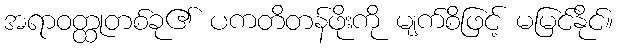
အရာဝတ္ထုတစ်ခု၏ ပကတိတန်ဖိုးကို မျက်စိဖြင့် မမြင်နိုင်။